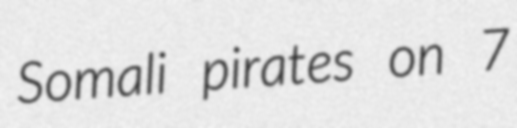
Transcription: Somali pirates on 7